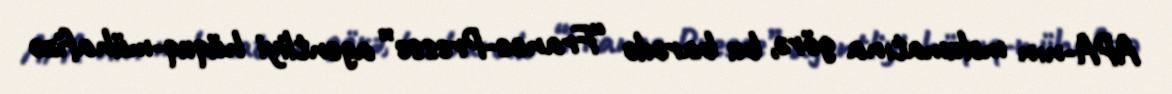
APA-nın məlumatına görə, bu barədə “France-Presse” agentliyi hüquq-mühafizə